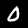
Label: 0